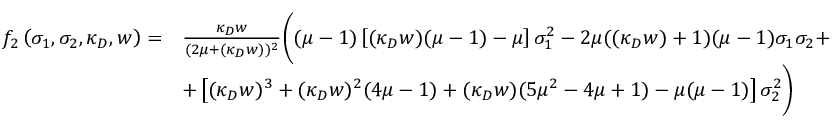
\begin{array} { r l } { f _ { 2 } \left( \sigma _ { 1 } , \sigma _ { 2 } , \kappa _ { D } , w \right) = } & { \frac { \kappa _ { D } w } { ( 2 \mu + ( \kappa _ { D } w ) ) ^ { 2 } } \bigg ( ( \mu - 1 ) \left[ ( \kappa _ { D } w ) ( \mu - 1 ) - \mu \right] \sigma _ { 1 } ^ { 2 } - 2 \mu ( ( \kappa _ { D } w ) + 1 ) ( \mu - 1 ) \sigma _ { 1 } \sigma _ { 2 } + } \\ & { + \left[ ( \kappa _ { D } w ) ^ { 3 } + ( \kappa _ { D } w ) ^ { 2 } ( 4 \mu - 1 ) + ( \kappa _ { D } w ) ( 5 \mu ^ { 2 } - 4 \mu + 1 ) - \mu ( \mu - 1 ) \right] \sigma _ { 2 } ^ { 2 } \bigg ) } \end{array}